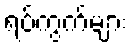
ရပ်ကွက်များ